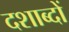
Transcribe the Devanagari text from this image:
दशाब्दों